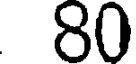
80